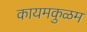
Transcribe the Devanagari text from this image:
कायमकुळम